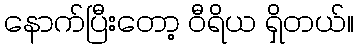
နောက်ပြီးတော့ ဝီရိယ ရှိတယ်။